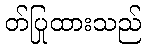
တ်ပြုထားသည်